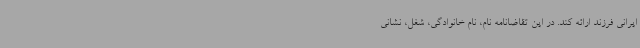
ایرانی فرزند ارائه کند. در این تقاضانامه نام، نام خانوادگی، شغل، نشانی